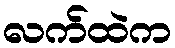
လက်ထဲက